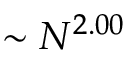
\sim N ^ { 2 . 0 0 }